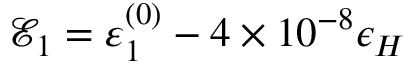
\mathcal { E } _ { 1 } = \varepsilon _ { 1 } ^ { ( 0 ) } - 4 \times 1 0 ^ { - 8 } \epsilon _ { H }